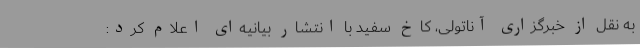
به نقل از خبرگزاری آناتولی، کاخ سفید با انتشار بیانیه‌ای اعلام کرد: